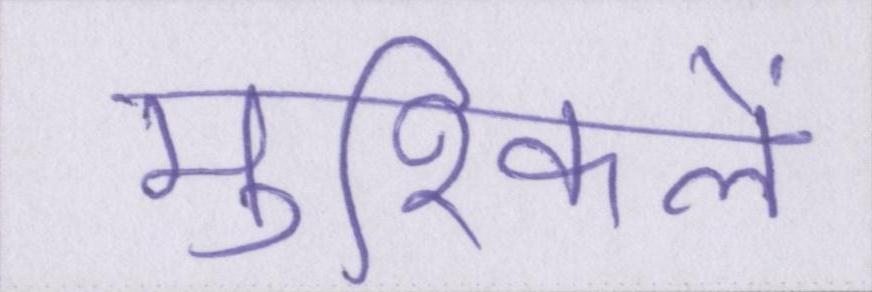
मुश्किलें